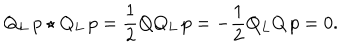
Q _ { L } \, p \star Q _ { L } \, p = \frac { 1 } { 2 } Q Q _ { L } \, p = - \frac { 1 } { 2 } Q _ { L } Q \, p = 0 .